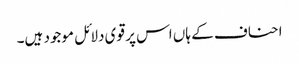
احناف کے ہاں اس پر قوی دلائل موجود ہیں۔